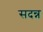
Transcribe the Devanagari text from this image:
सदन्न